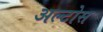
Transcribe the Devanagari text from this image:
अल्टोस